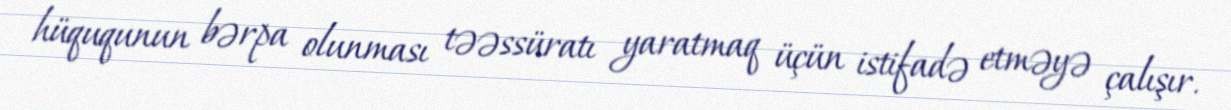
hüququnun bərpa olunması təəssüratı yaratmaq üçün istifadə etməyə çalışır.